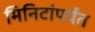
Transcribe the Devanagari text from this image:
मिनिटांपर्यंत